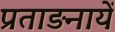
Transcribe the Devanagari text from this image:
प्रताड़नायें